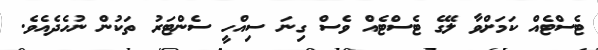
ޓެސްޓެއް ކަމަށްވާ ލޭގެ ޓެސްޓެއް ވެސް ގިނަ ސިއްހީ ސެންޓަރު ތަކުން ނުހެދެއެވެ.